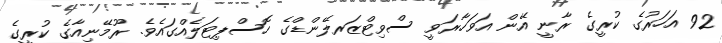
92 އަހަރުގެ ކުރީގެ ރާނީ އޭން އަވަހާރަވީ ސްވިޓްޒަރލޭންޑްގެ ހޮސްޕިޓަލެއްގައެވެ. ރޫމޭނިއާގެ ކުރީގެ